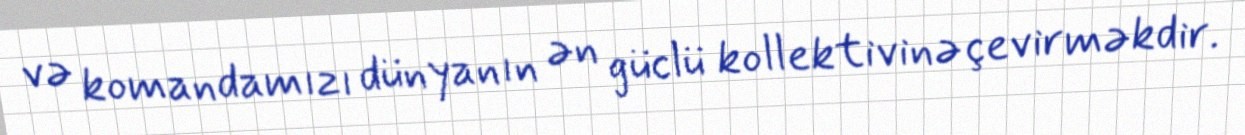
və komandamızı dünyanın ən güclü kollektivinə çevirməkdir.